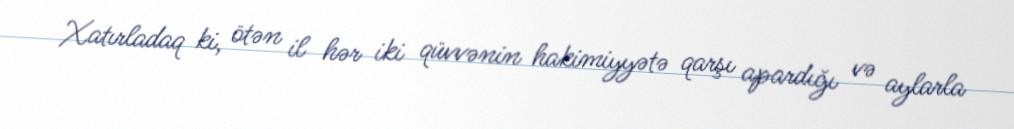
Xatırladaq ki, ötən il hər iki qüvvənin hakimiyyətə qarşı apardığı və aylarla